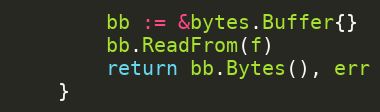
Language: Go
		bb := &bytes.Buffer{}
		bb.ReadFrom(f)
		return bb.Bytes(), err
	}